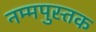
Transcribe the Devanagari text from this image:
नम्मपुस्तक